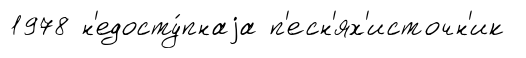
1978 н'едосту́пнаjа п'есн'ях'источн'ик